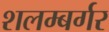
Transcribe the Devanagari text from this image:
शलम्बर्गर